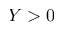
Y > 0